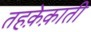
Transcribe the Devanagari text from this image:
तहक़ेक़ाती